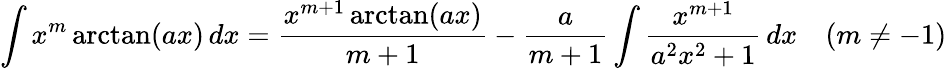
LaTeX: \int x^{m}\arctan(ax)\, dx={\frac{x^{m+1}\arctan(ax)}{m+1}}-{\frac{a}{m+1}}\int{\frac{x^{m+1}}{a^{2}x^{2}+1}}\, dx\quad(m\neq-1)